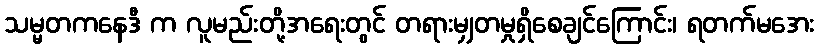
သမ္မတကနေဒီ က လူမည်းတို့အရေးတွင် တရားမျှတမှုရှိစေချင်ကြောင်း၊ ရတက်မအေး